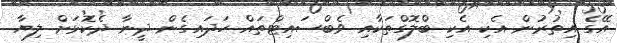
އޭގެ އިތުރުން އެކި އެކި ބްލޮގްތަކާއި ވެބްސައިޓްތައް ހަދައިގެން ދީނާ ދެކޮޅަށް ލިޔާ